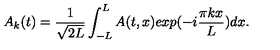
A _ { k } ( t ) = { \frac { 1 } { \sqrt { 2 L } } } \int _ { - L } ^ { L } A ( t , x ) e x p ( - i { \frac { \pi k x } { L } } ) d x .